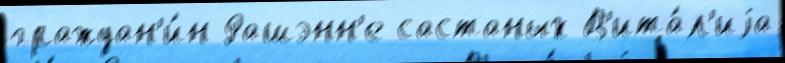
граждан'и́н Рашэнн'е састаных В'ита́л'иjа